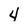
Character: 4